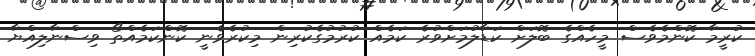
ކުރީމާ ކޮންމެވެސް މީހެއްގެ ބޮލަށް ކަޑާލުމަށްވުރެ ކަމެއް ކުރުމުގެކުރިން މިކުރެވެނީ ކޮންކަމެއްތޯ ވިސްނާލިއްޔާ